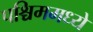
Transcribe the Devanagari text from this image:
पश्चिममध्ये